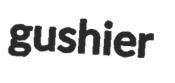
gushier